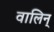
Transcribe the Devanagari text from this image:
वालिन्